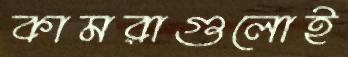
কামরাগুলোই